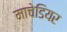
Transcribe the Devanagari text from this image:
माचेडियर